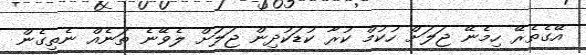
އޭގެތެރޭ ހިމެނޭ ޖަލަށް ހުކުމް ކުރާ ކުޑަކުދިން ޖަލަށް ލެވޭނެ ތަނެއް ނެތިގެން